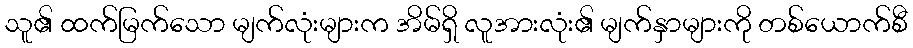
သူ၏ ထက်မြက်သော မျက်လုံးများက အိမ်ရှိ လူအားလုံး၏ မျက်နှာများကို တစ်ယောက်စီ